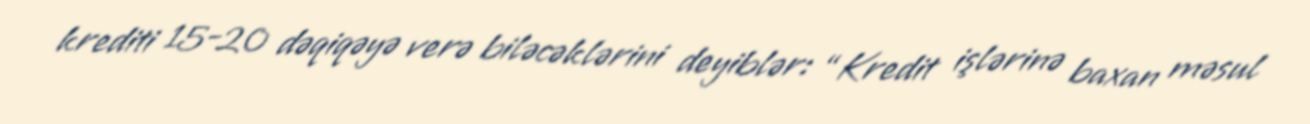
krediti 15-20 dəqiqəyə verə biləcəklərini deyiblər: “Kredit işlərinə baxan məsul